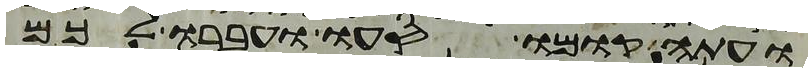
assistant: ועתה קומו סעו ועברו לכם